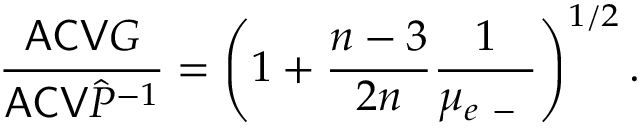
\frac { \mathsf { A C V } G } { \mathsf { A C V } \hat { P } ^ { - 1 } } = \left( 1 + \frac { n - 3 } { 2 n } \frac { 1 } { \mu _ { e \mathrm { ~ - ~ } } } \right) ^ { 1 / 2 } .